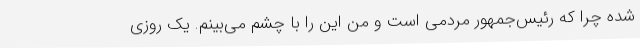
شده چرا که رئیس‌جمهور مردمی است و من این را با چشم می‌بینم. یک روزی